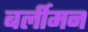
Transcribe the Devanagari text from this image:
बर्लीमन